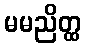
မမညိတ္ထ